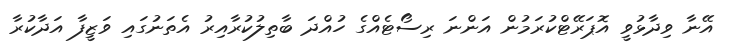
އޭނާ ވިދާޅުވީ އޮޕަރޭޓްކުރަމުން އަންނަ ރިސޯޓެއްގެ ހުއްދަ ބާތިލުކުރާއިރު އެތަނުގައި ވަޒީފާ އަދާކުރާ